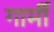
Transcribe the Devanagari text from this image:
गार्मी